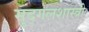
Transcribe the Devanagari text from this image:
मुद्गलशास्त्री